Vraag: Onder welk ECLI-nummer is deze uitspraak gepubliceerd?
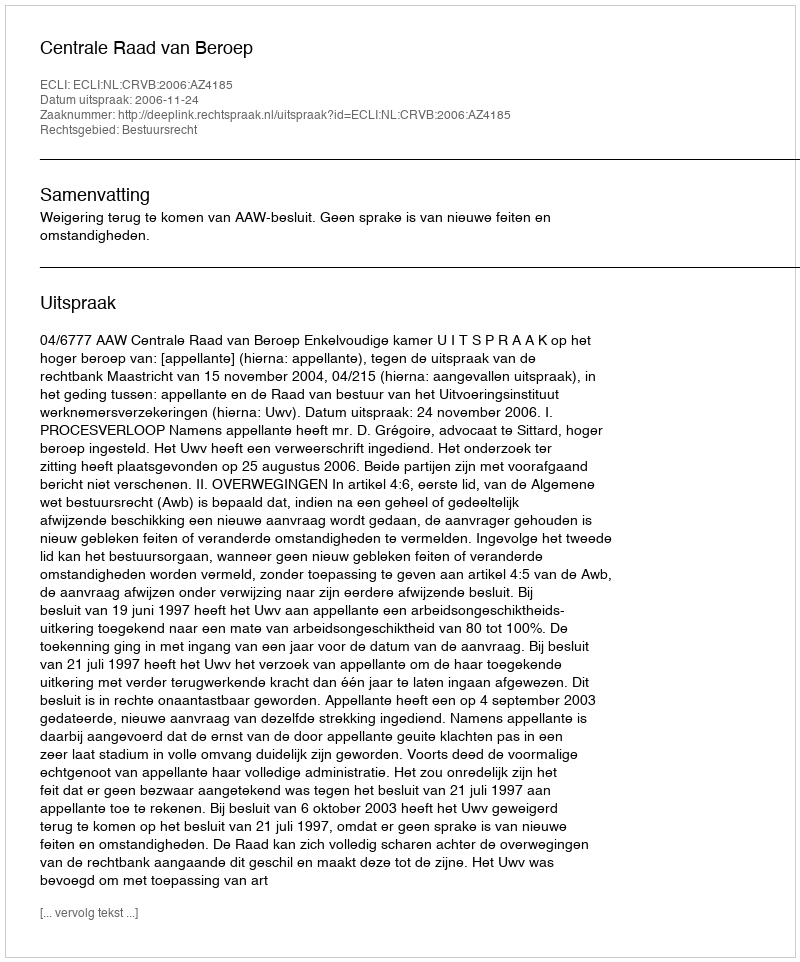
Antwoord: ECLI:NL:CRVB:2006:AZ4185